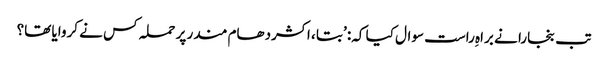
تب بنجارا نے براہِ راست سوال کیا کہ: ’بتا ، اکشردھام مندر پر حملہ کس نے کروایا تھا؟